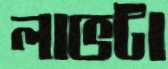
লাভটা